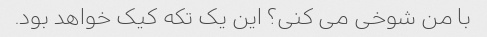
با من شوخی می کنی؟ این یک تکه کیک خواهد بود.